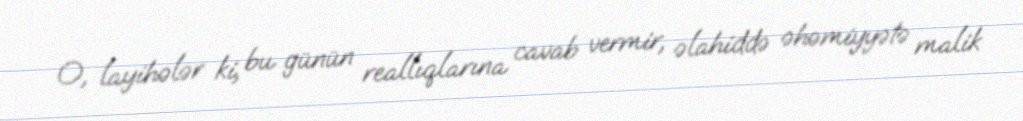
O, layihələr ki, bu günün reallıqlarına cavab vermir, əlahiddə əhəmiyyətə malik